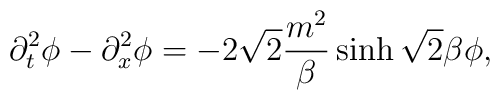
\partial_t^2\phi-\partial_x^2\phi=-2\sqrt2{m^2\over\beta}\sinh\sqrt2\beta\phi,